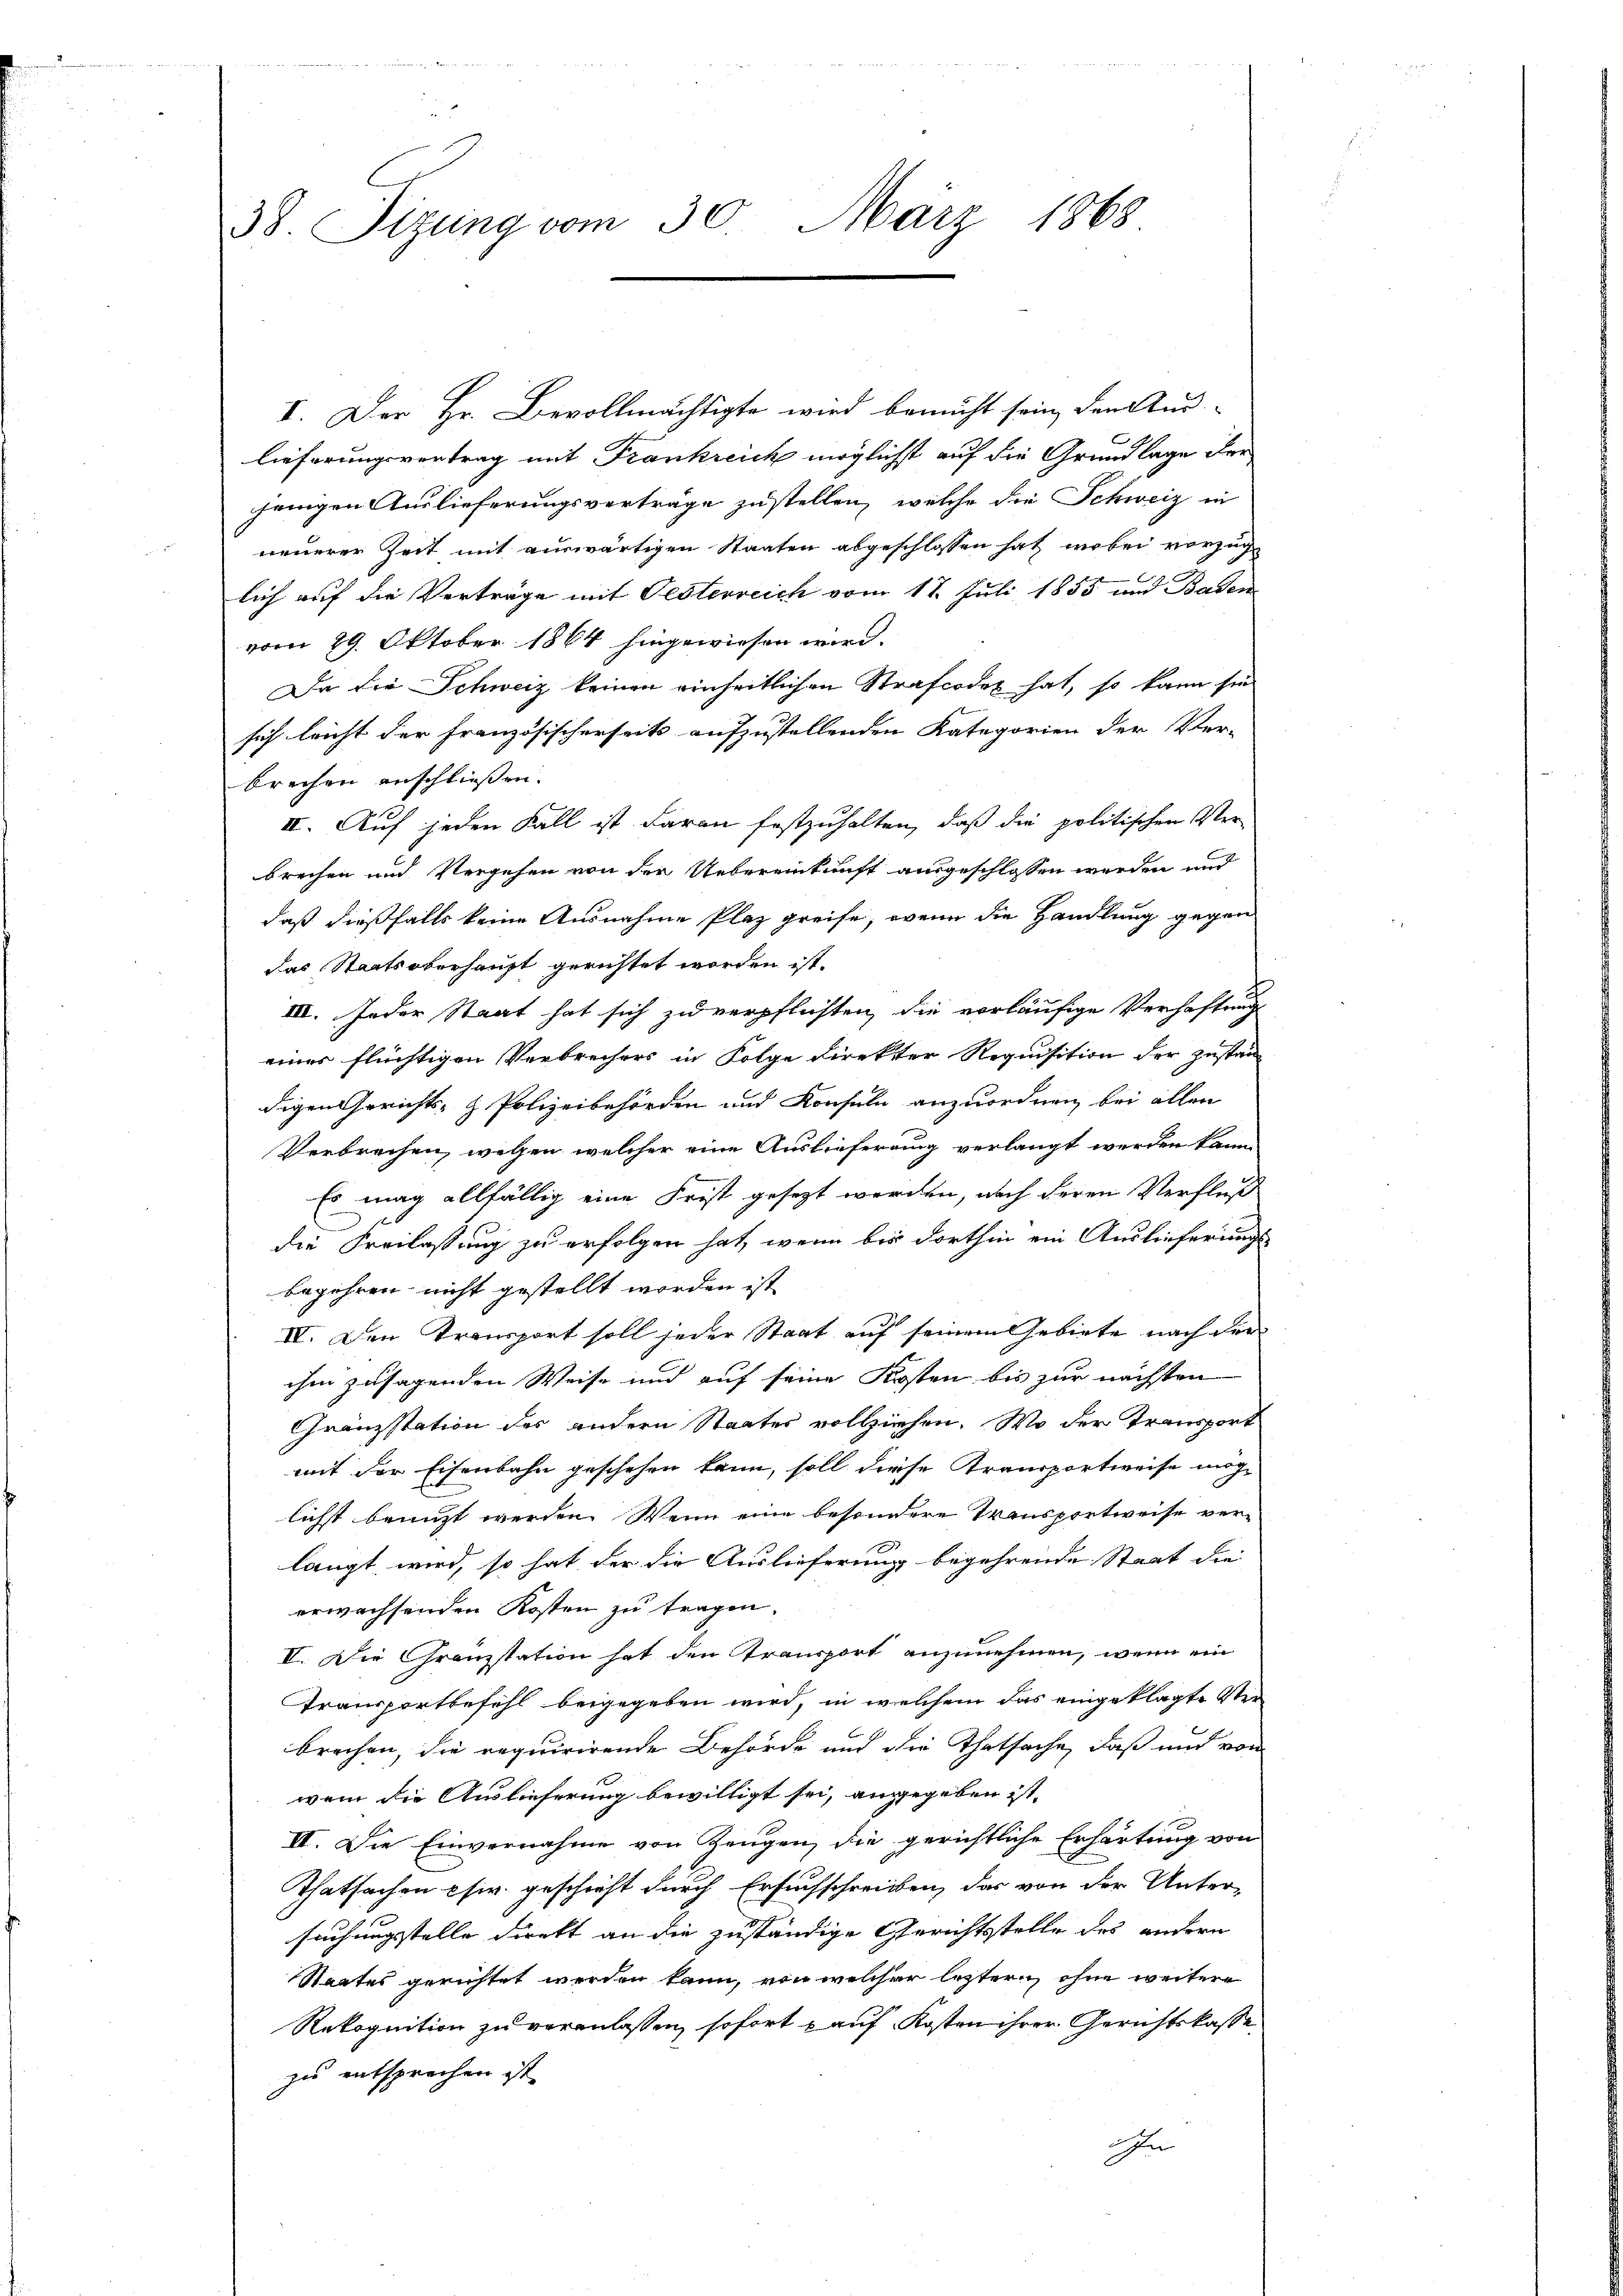
I. Der Hr. Bevollmächtigte wird bemüht sein, den Aus-
lieferungsvertrag mit Frankreich möglichst auf die Grundlage der
jenigen Auslieferungsverträge zustellen, welche die Schweiz in
neuerer Zeit mit auswärtigen Staaten abgeschlossen hat, wobei vorzug
lich auf die Verträge mit Gesterreich vom 17. Juli 1855 und Baden
vom 29. Oktober 1864 hingewiesen wird.
Da die Schweiz keinen einheitlichen Strafcodex hat, so kann sie
sich leicht der französischerseits aufzustellenden Kategorien der Ver-
brechen anschliessen.
II. Auf jeden Fall ist daran festzuhalten, daß die politischen Verbrechen und Vergehen von der Uebereinkunft ausgeschlossen werden und
daß dießfalls keine Ausnahme Plaz greife, wenn die Handlung gegen
das Staatsoberhaupt gerichtet worden ist.
III. Jeder Staat hat sich zu verpflichten, die vorläufige Verhaftung
eines flüchtigen Verbrechers in Folge direkter Requisition der zuständ
digen Gerichts- & Polizeibehörden und Konsuln anzuordnen bei allen
Verbrechen, welchen welcher eine Auslieferung verlangt werden kann
Es mag allfällig eine Frist gesezt werden, nach deren Verfluß
die Freilassung zu erfolgen hat, wenn bis dorthin ein Auslieferungs
begehren nicht gestellt worden ist
IV. Den Transport soll jeder Staat auf seinem Gebiete nach der
ihm zusagenden Weise und auf seine Kosten bis zur nächsten
Gränzstation des andern Staates vollziehen. Wo der Transport
mit der Eisenbahn geschehen kann, soll diese Transportweise mög-
licht benuzt werden. Wenn eine besondere Transportweise ver-
langt wird, so hat der die Auslieferung begehrende Staat die
erwachsenden Kosten zu tragen.
II. Die Granzstation hat den Transport anzunehmen, wenn ein
Transportbefehl beigegeben wird, in welchem das eingeklagte Verbrechen, die requirirende Behörde und die Thatsache, daß und von
wenn die Auslieferung bewilligt sei, angegeben ist,
II. Die Einvernahme von Zeugen, die gerichtliche Erhärtung von
Thatsachen chir geschieht durch Ersuchschreiben, das von der Unter-
suchungsstelle direkt an die zuständige Gerichtsstelle des andern
Staates gerichtet werden kann, von welcher leztern ohne weitere
Rekognition zu veranlassen, sofort kauf Kosten ihrer Gerichtskasse
zu entsprechen ist.
In

38. Sizung vom 30. März 1868